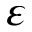
\varepsilon